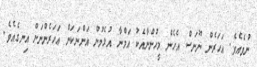
ނުވެއެވެ. އަހަރެން ނޫނަސް އެހެން މީހުންނާއެކު އަމްނާ އުޅެމުން އަންނަކަން އަހަރެންނަށް އިނގެއެވެ.